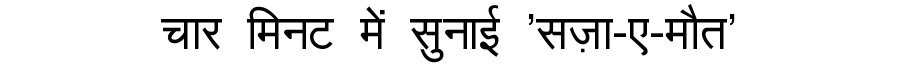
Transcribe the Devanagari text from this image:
चार मिनट में सुनाई 'सज़ा-ए-मौत'